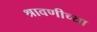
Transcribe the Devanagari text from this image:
श्रावणीच्या